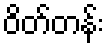
ဝိတ်တန်း